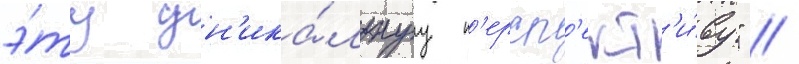
э́ту ун'ика́льнуу п'ерсп'ект'и́ву" //